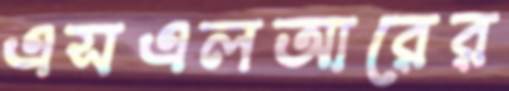
এসএলআরের